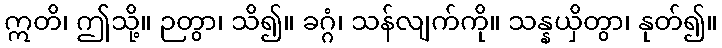
ဣတိ၊ ဤသို့။ ဉတွာ၊ သိ၍။ ခဂ္ဂံ၊ သန်လျက်ကို။ သန္နယှိတွာ၊ နုတ်၍။